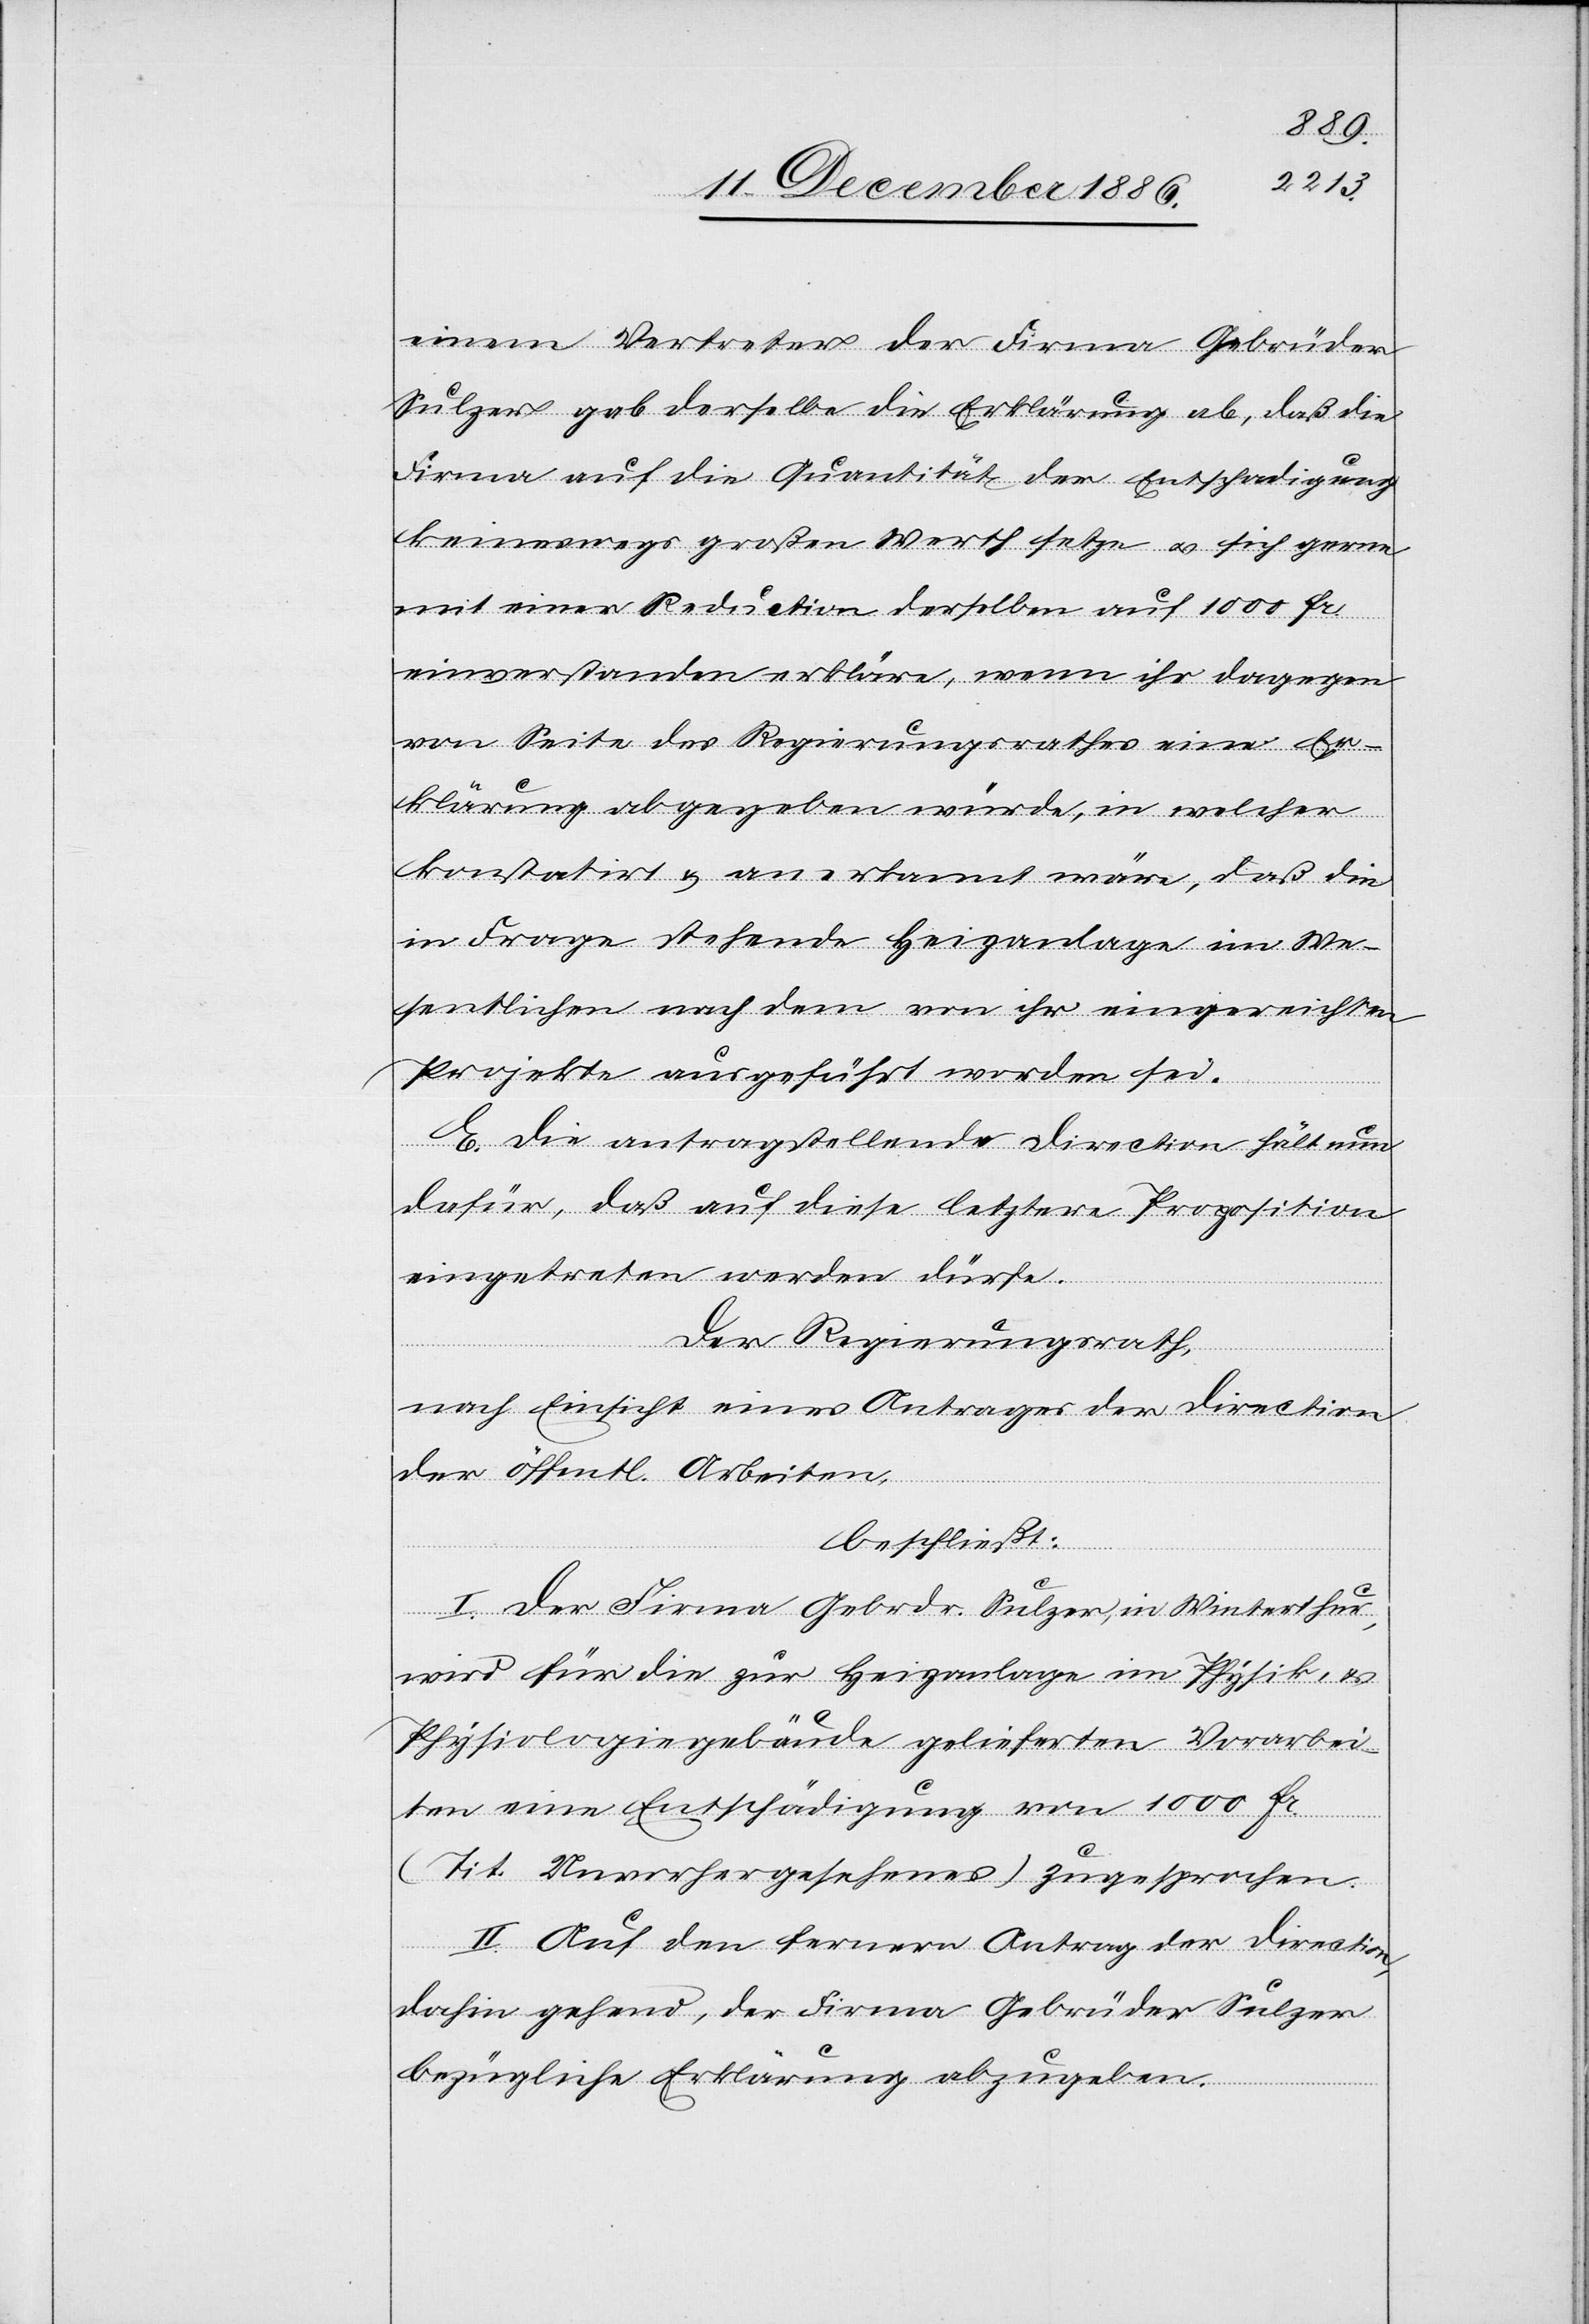
einem Vertreter der Firma Gebrüder
Sulzer gab derselbe die Erklärung ab, daß die
Firma auf die Quanität der Entschadigung
keineswegs großen Werth setze & sich gerne
mit einer Reduction derselben auf 1000 Fr.
einverstanden erkläre, wenn ihr dagegen
von Seite des Regierungsrathes eine Er¬
klärung abgegeben würde, in welcher
konstatirt & anerkannt wäre, daß die
in Frage stehende Heizanlage im We¬
sentlichen nach dem von ihr eingereichten
Projekte ausgeführt worden sei.
E. Die antragstellende Direction hält nun
dafür, daß auf diese letztere Proposition
eingetreten werden dürfe.
Der Regierungsrath,
nach Einsicht eines Antrages der Direction
der öffentl. Arbeiten,
beschließt:
I. Der Firma Gebrdr. Sulzer, in Winterthur,
wird für die zur Heizanlage im Physik- &
Physiologiegebäude gelieferten Vorarbei¬
ten eine Entschädigung von 1000 Fr.
(Tit. Unvorhergesehenes) zugesprochen.
II. Auf den fernern Antrag der Direction,
dahin gehend, der Firma Gebrüder Sulzer
bezügliche Erklärung abzugeben: